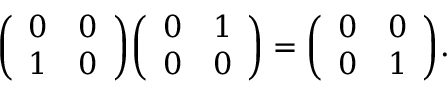
{ \left( \begin{array} { l l } { 0 } & { 0 } \\ { 1 } & { 0 } \end{array} \right) } { \left( \begin{array} { l l } { 0 } & { 1 } \\ { 0 } & { 0 } \end{array} \right) } = { \left( \begin{array} { l l } { 0 } & { 0 } \\ { 0 } & { 1 } \end{array} \right) } .